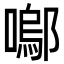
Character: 𭋒